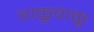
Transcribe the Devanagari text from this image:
वाकूवाकू